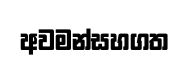
අවමන්සහගත